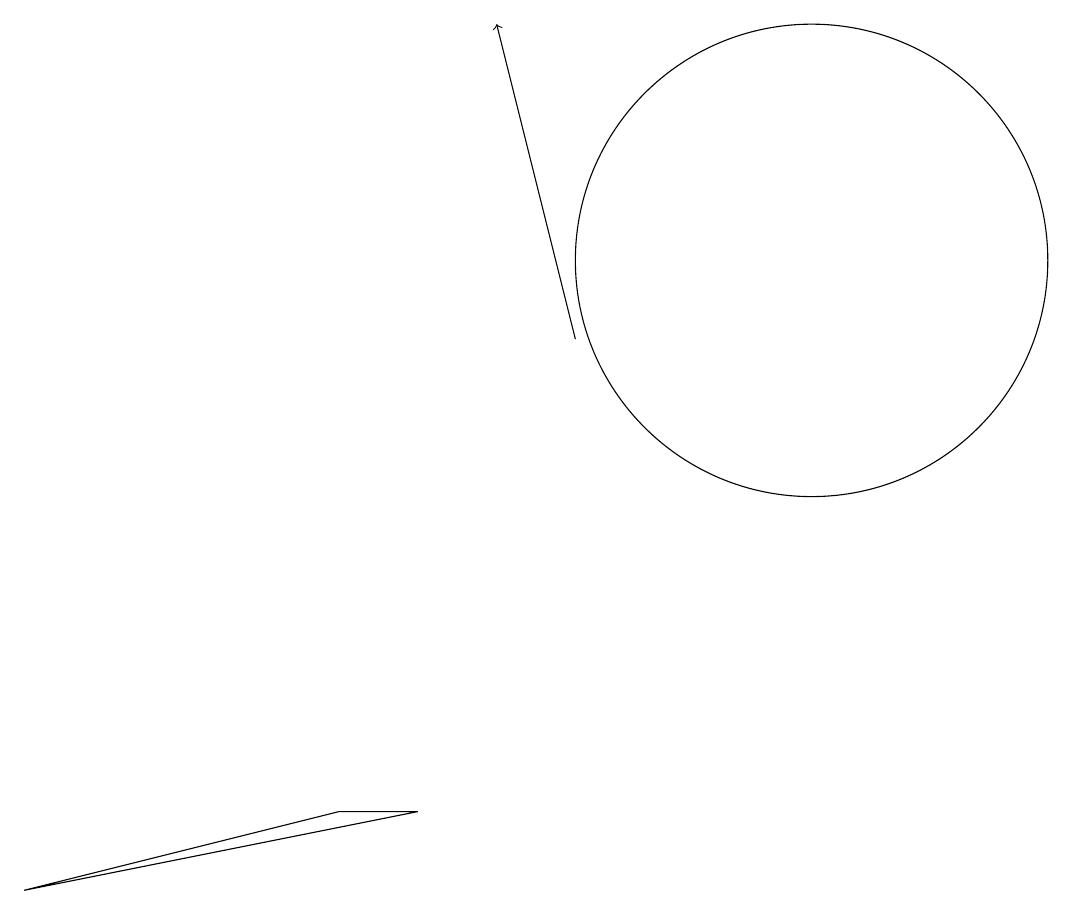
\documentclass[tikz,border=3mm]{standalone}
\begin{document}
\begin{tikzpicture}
\draw (10,11) circle (3);
\draw[->] (7,10) -- (6,14);
\draw (5,4) -- (0,3) -- (4,4) -- cycle;
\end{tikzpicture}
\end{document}